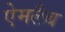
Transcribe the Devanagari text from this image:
ऐमलैब